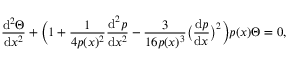
\frac { \mathrm { d } ^ { 2 } \Theta } { \mathrm { d } x ^ { 2 } } + \bigg ( 1 + \frac { 1 } { 4 p ( x ) ^ { 2 } } \frac { \mathrm { d } ^ { 2 } p } { \mathrm { d } x ^ { 2 } } - \frac { 3 } { 1 6 p ( x ) ^ { 3 } } \bigl ( \frac { \mathrm { d } p } { \mathrm { d } x } \bigl ) ^ { 2 } \bigg ) p ( x ) \Theta = 0 ,